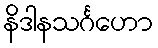
နိဒါနသင်္ဂဟော